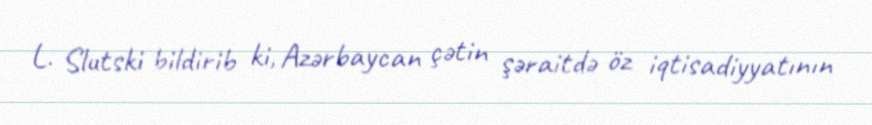
L. Slutski bildirib ki, Azərbaycan çətin şəraitdə öz iqtisadiyyatının